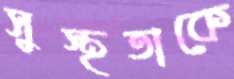
সুস্থতাকে